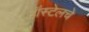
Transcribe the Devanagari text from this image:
हॉस्टेलचे